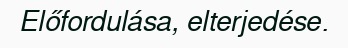
Előfordulása, elterjedése.